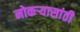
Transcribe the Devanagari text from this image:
नोकऱ्यासांठी